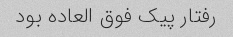
رفتار پیک فوق العاده بود